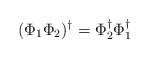
\begin{align*}(\Phi_1 \Phi_2)^\dagger = \Phi_2^\dagger \Phi_1^\dagger\end{align*}